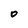
Character: 0